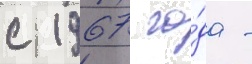
с 1967 го́да -